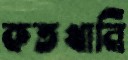
কতখানি